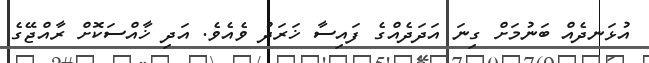
އުޅަނދެއް ބަނުމަށް ގިނަ އަދަދެއްގެ ފައިސާ ޚަރަދު ވެއެވެ. އަދި ޚާއްސަކޮށް ރާއްޖޭގެ